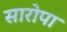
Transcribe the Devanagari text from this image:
सारोपा